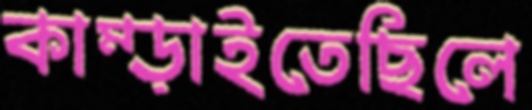
কাম্‌ড়াইতেছিলে